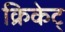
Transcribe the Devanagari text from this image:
क्रिकेट्